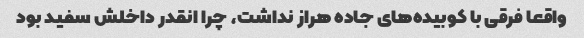
واقعا فرقی با کوبیده‌های جاده هراز نداشت، چرا انقدر داخلش سفید بود